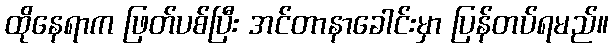
ထိုနေရာက ဖြတ်ပစ်ပြီး အင်တာနာခေါင်းမှာ ပြန်တပ်ရမည်။